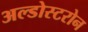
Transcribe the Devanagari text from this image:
अल्डोस्टरोन